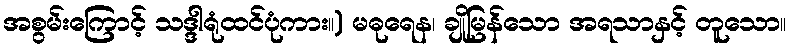
အစွမ်းကြောင့် သဒ္ဒါရုံထင်ပုံကား။) မဓုရေန၊ ချိုမြန်သော အရသာနှင့် တူသော။